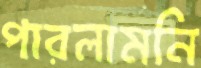
পারলামনি